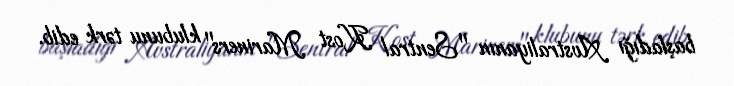
başladığı Avstraliyanın "Sentral Kost Mariners" klubunu tərk edib.